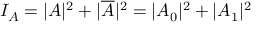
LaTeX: I _ { A } = | A | ^ { 2 } + | \overline { { A } } | ^ { 2 } = | A _ { 0 } | ^ { 2 } + | A _ { 1 } | ^ { 2 }